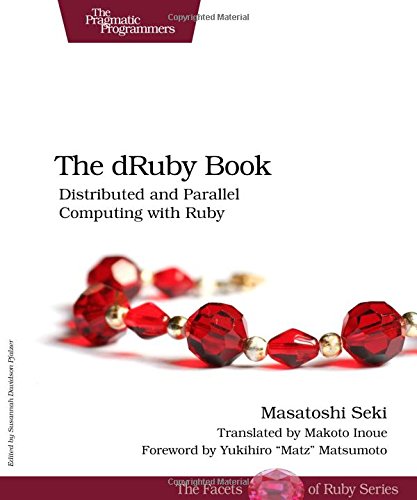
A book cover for The dRuby Book: Distributed and Parallel Computing with Ruby; Masatoshi Seki; Computers & Technology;